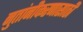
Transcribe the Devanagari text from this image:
नुतांनीकरणासाठी